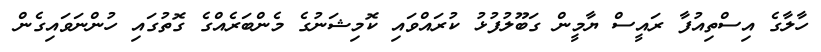
ހާލާގެ އިސްތިއުފާ ރައީސް ޔާމީން ގަބޫލުފުޅު ކުރައްވައި ކޮމިޝަނުގެ މެންބަރެއްގެ ގޮތުގައި ހުންނަވައިގެން